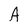
Character: A